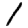
Digit: 1